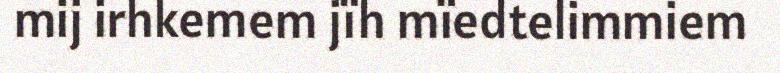
mij irhkemem jïh mïedtelimmiem